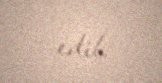
edib.